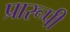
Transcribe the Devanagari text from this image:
प्रारूपी